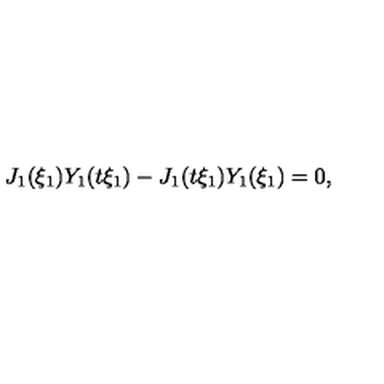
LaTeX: J _ { 1 } ( \xi _ { 1 } ) Y _ { 1 } ( t \xi _ { 1 } ) - J _ { 1 } ( t \xi _ { 1 } ) Y _ { 1 } ( \xi _ { 1 } ) = 0 ,